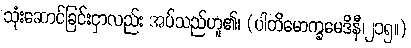
သုံးဆောင်ခြင်းငှာလည်း အပ်သည်ဟူ၏၊ (ပါတိမောက္ခမေဒိနီ၊၂၁၅။)